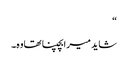
“
شاید میرابچپنا تھاوہ۔